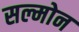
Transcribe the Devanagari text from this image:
सल्मोन